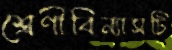
শ্রেণীবিন্যাসটি